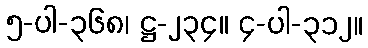
၅-ပါ-၃၆၈၊ ဋ္ဌ-၂၃၄။ ၄-ပါ-၃၁၂။